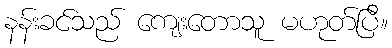
နန်းခင်သည် ကျေးတောသူ မဟုတ်ပြီ။